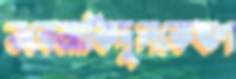
তবেআকিদুলকেঋণ